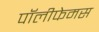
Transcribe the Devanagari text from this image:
पॉलीफेमस